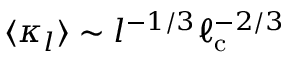
\langle \kappa _ { l } \rangle \sim l ^ { - 1 / 3 } \ell _ { \mathrm { c } } ^ { - 2 / 3 }